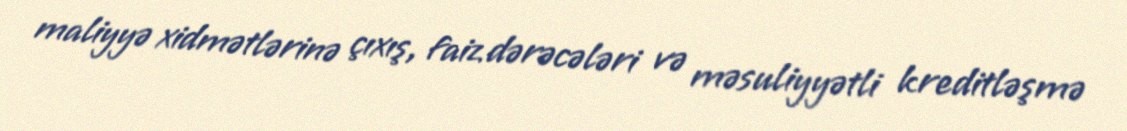
maliyyə xidmətlərinə çıxış, faiz dərəcələri və məsuliyyətli kreditləşmə